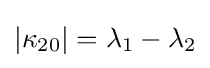
|\kappa _{20}|=\lambda _{1}-\lambda _{2}